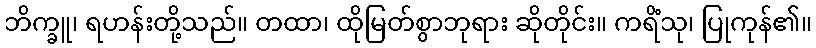
ဘိက္ခူ၊ ရဟန်းတို့သည်။ တထာ၊ ထိုမြတ်စွာဘုရား ဆိုတိုင်း။ ကရိံသု၊ ပြုကုန်၏။